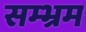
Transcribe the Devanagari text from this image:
सम्भ्रम